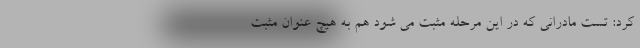
کرد: تست مادرانی که در این مرحله مثبت می شود هم به هیچ عنوان مثبت